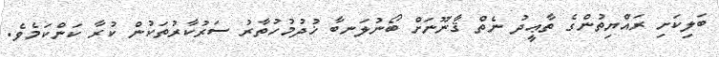
ބަލިކަށި ރައްޔިތުންގެ ތާޢީދު ނެތް ޤާނޫނަށް ބޯނުލަނބާ ޚުދުމުހުތާރު ސަރުކާރުތަކުން ކުރާ ކަންކަމެވެ.